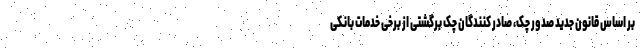
بر اساس قانون جدید صدور چک، صادر کنندگان چک برگشتی از برخی خدمات بانکی